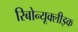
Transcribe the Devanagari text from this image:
रिबोन्यूक्लीइक